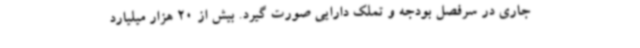
جاری در سرفصل بودجه و تملک دارایی صورت گیرد. بیش از 20 هزار میلیارد